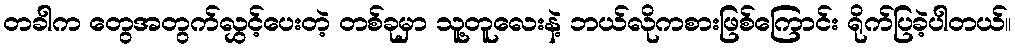
တခါက တွေအတွက်လွှင့်ပေးတဲ့ တစ်ခုမှာ သူ့တူလေးနဲ့ ဘယ်လိုကစားဖြစ်ကြောင်း ရိုက်ပြခဲ့ပါတယ်။